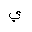
Letter: _ya